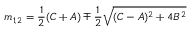
m _ { 1 , 2 } = { \frac { 1 } { 2 } } ( C + A ) \mp { \frac { 1 } { 2 } } \sqrt { ( C - A ) ^ { 2 } + 4 B ^ { 2 } }